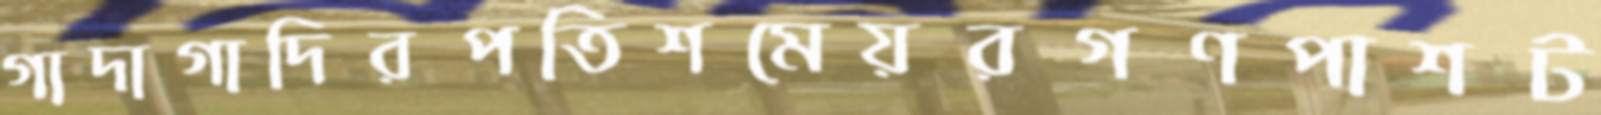
গাদাগাদিরপতিশমেয়রগণপাশট